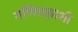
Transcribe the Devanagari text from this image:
गणितज्ञाशी